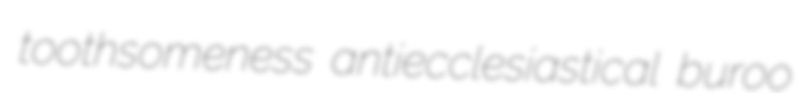
toothsomeness antiecclesiastical buroo